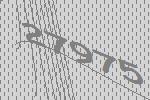
27975